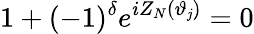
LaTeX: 1+(-1)^{\delta}e^{iZ_{N}(\vartheta_{\mathit{j}})}=0